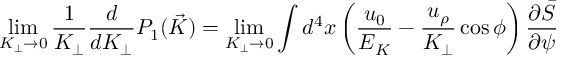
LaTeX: \operatorname * { l i m } _ { K _ { \perp } \to 0 } \frac { 1 } { K _ { \perp } } \frac { d } { d K _ { \perp } } P _ { 1 } ( { \vec { K } } ) = \operatorname * { l i m } _ { K _ { \perp } \to 0 } \int d ^ { 4 } x \left( \frac { u _ { 0 } } { E _ { K } } - \frac { u _ { \rho } } { K _ { \perp } } \cos \phi \right) \frac { \partial \bar { S } } { \partial \psi }